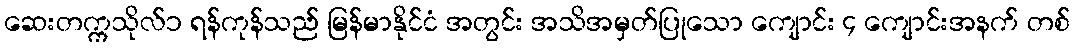
ဆေးတက္ကသိုလ်၁ ရန်ကုန်သည် မြန်မာနိုင်ငံ အတွင်း အသိအမှတ်ပြုသော ကျောင်း ၄ ကျောင်းအနက် တစ်